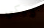
فيكي